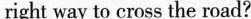
right way to cross the road?